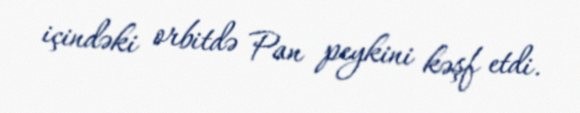
içindəki orbitdə Pan peykini kəşf etdi.